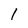
Character: l